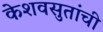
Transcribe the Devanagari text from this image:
केशवसुतांची